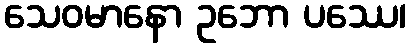
သေဝမာနော ဥဘော ပဿေ၊